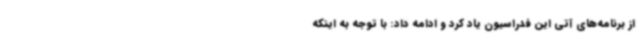
از برنامه‌های آتی این فدراسیون یاد کرد و ادامه داد: با توجه به اینکه